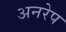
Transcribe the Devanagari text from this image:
अनरेप